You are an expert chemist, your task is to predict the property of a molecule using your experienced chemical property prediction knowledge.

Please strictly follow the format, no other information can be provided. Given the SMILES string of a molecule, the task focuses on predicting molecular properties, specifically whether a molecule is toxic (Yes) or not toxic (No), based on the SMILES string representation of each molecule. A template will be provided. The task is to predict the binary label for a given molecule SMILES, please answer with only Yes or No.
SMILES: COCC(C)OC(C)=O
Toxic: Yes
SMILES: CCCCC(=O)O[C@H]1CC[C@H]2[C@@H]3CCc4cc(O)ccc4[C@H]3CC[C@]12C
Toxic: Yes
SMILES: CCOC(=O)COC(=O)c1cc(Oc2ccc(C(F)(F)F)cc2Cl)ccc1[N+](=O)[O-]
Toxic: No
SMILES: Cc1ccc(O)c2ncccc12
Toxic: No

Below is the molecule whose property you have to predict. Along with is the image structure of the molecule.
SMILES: CCC1(c2ccc(N)cc2)CCC(=O)NC1=O
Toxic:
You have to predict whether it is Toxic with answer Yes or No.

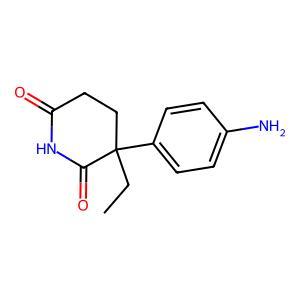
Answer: No